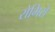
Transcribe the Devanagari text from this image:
रोमिरो